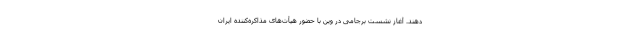
دهند. آغاز نشست برجامی در وین با حضور هیأت‌های مذاکره‌کننده ایران